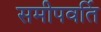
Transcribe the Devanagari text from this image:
समीपवर्ति